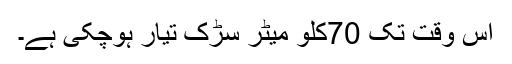
اس وقت تک 70کلو میٹر سڑک تیار ہوچکی ہے۔